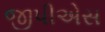
જીપીએસ